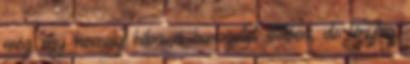
még egy komoly hiba a sorozatot illetően, de tényleg